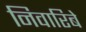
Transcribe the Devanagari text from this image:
निवारिबे